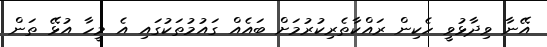
އޭނާ ވިދާޅުވީ ހެކިން ރައްކާތެރިކުރުމަށް ބައެއް ގައުމުތަކުގައި އެ މީހާ އުޅޭ ތަން